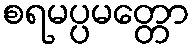
စရမပ္ပမတ္တော